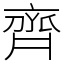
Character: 齊